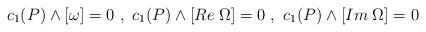
LaTeX: \begin{align*}c_1(P) \wedge [\omega]=0 ~ , ~ c_1(P) \wedge [Re\; \Omega]=0 ~ , ~ c_1(P)\wedge [Im\; \Omega]= 0\end{align*}